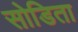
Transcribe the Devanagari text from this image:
सोडिता